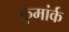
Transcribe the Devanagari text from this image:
कुमांर्क